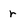
Character: r